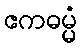
ဧကဓမ္မံ